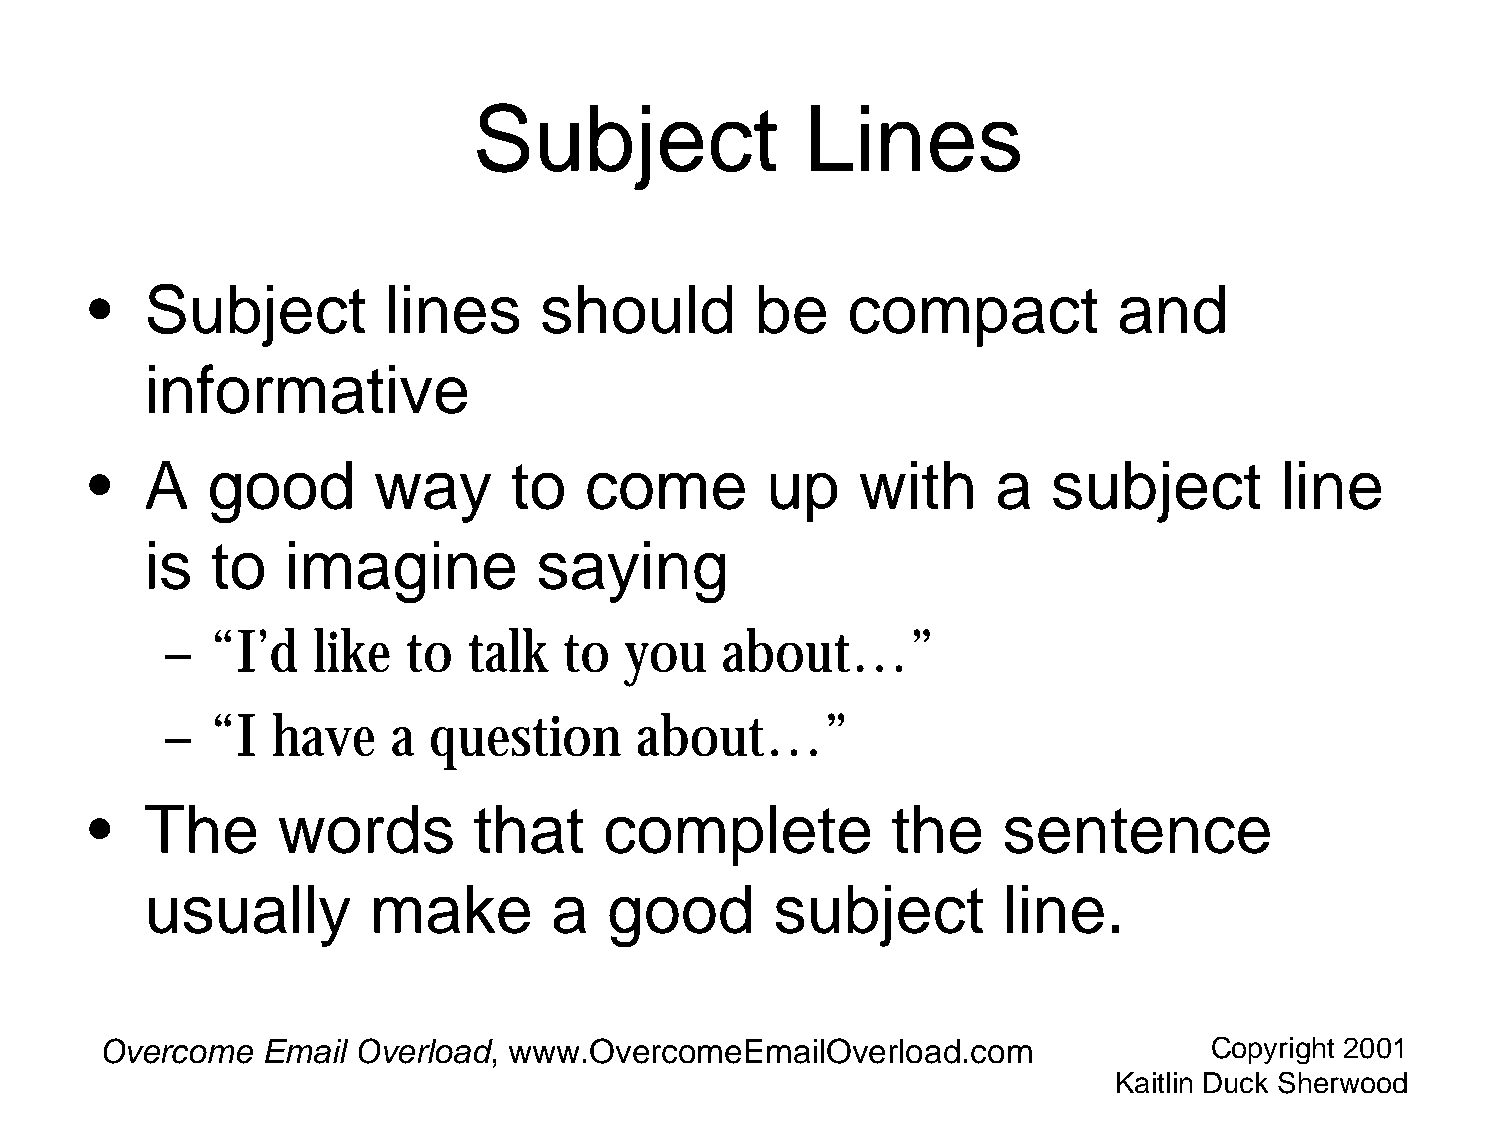
Subject               Lines
 •   Subject         lines     should        be    compact           and
 informative
 •   A   good       way      to   come        up    with     a   subject        line
 is  to   imagine          saying
 –  “I’d   like  to  talk  to  you    about…”
 –  “I  have    a  question     about…”
 •   The     words        that     complete           the    sentence
 usually        make        a  good       subject        line.
 Overcome  Email  Overload, www.OvercomeEmailOverload.com                 Copyright 2001
 Kaitlin Duck Sherwood